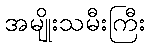
အမျိုးသမီးကြီး